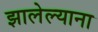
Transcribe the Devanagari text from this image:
झालेल्याना